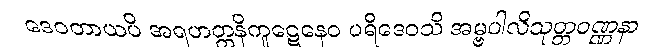
ဒေဝတာယပိ အရဟတ္တနိကူဋေနေဝ ပရိဒေဝသိ အမ္ဗပါလိသုတ္တဝဏ္ဏနာ